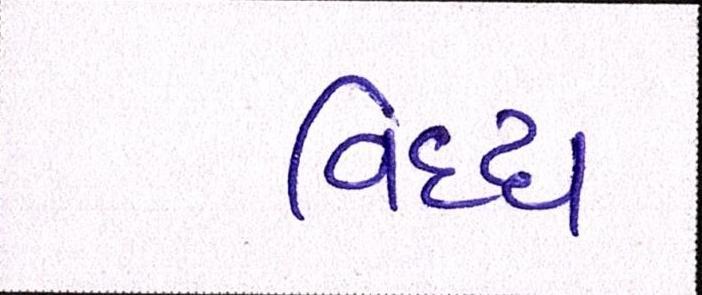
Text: વિધ્ધ